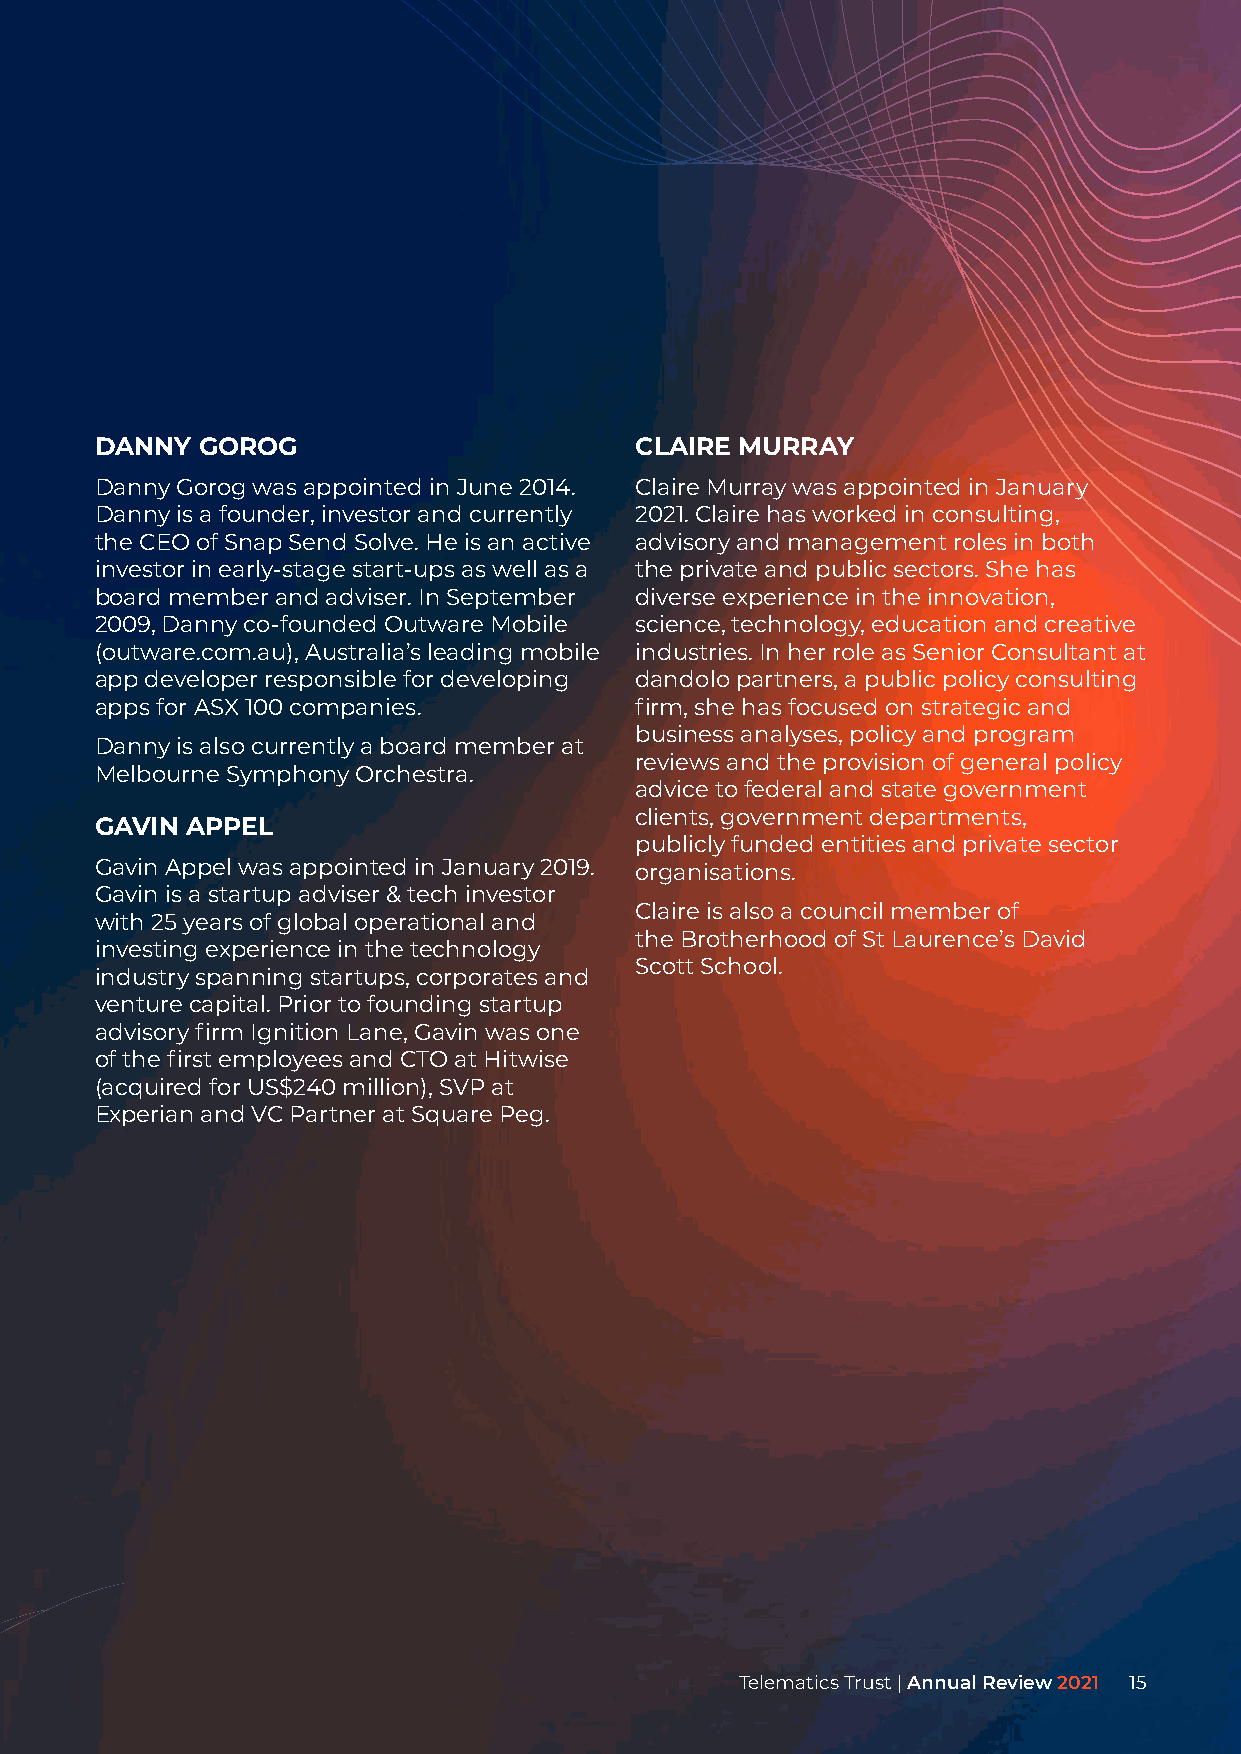
DANNY  GOROG                        CLAIRE MURRAY
 Danny Gorog was appointed in June 2014. Claire Murray was appointed in January
 Danny is a founder, investor and currently 2021. Claire has worked in consulting,
 the CEO of Snap Send Solve. He is an active advisory and management roles in both
 investor in early-stage start-ups as well as a the private and public sectors. She has
 board member and adviser. In September diverse experience in the innovation,
 2009, Danny co-founded Outware Mobile science, technology, education and creative
 (outware.com.au), Australia’s leading mobile industries. In her role as Senior Consultant at
 app developer responsible for developing dandolo partners, a public policy consulting
 apps for ASX 100 companies.         firm, she has focused on strategic and
 business analyses, policy and program
 Danny is also currently a board member at
 reviews and the provision of general policy
 Melbourne Symphony Orchestra.
 advice to federal and state government
 clients, government departments,
 GAVIN APPEL
 publicly funded entities and private sector
 Gavin Appel was appointed in January 2019. organisations.
 Gavin is a startup adviser & tech investor
 Claire is also a council member of
 with 25 years of global operational and
 the Brotherhood of St Laurence’s David
 investing experience in the technology
 Scott School.
 industry spanning startups, corporates and
 venture capital. Prior to founding startup
 advisory firm Ignition Lane, Gavin was one
 of the first employees and CTO at Hitwise
 (acquired for US$240 million), SVP at
 Experian and VC Partner at Square Peg.
 TTeelleemmaattiiccss TTrruusstt || AAnnnnuuaall RReevviieeww 22002211 111555